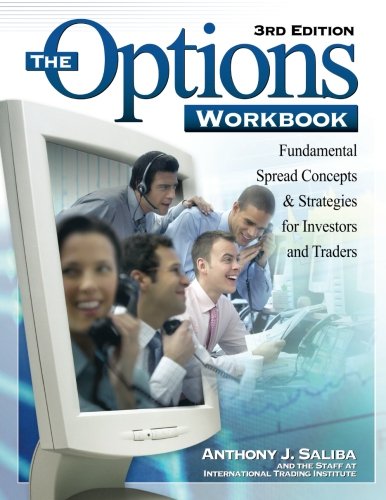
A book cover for The Options Workbook: Fundamental Spread Concepts and Strategies for Investors and Traders, 3rd Edition; Anthony J. Saliba; Business & Money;